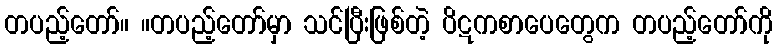
တပည့်တော်။ ။တပည့်တော်မှာ သင်ပြီးဖြစ်တဲ့ ပိဋကစာပေတွေက တပည့်တော်ကို